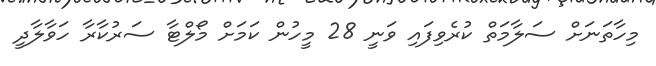
މިހާތަނަށް ސަލާމަތް ކުރެވިފައި ވަނީ 28 މީހުން ކަމަށް މޯލްޓާ ސަރުކާރާ ހަވާލާދީ